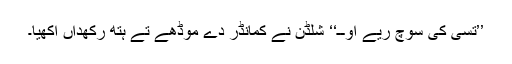
’’تسی کی سوچ ریے اوــ‘‘ شلڈن نے کمانڈر دے موڈھے تے ہتھ رکھداں آکھیا۔